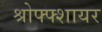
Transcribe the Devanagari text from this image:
श्रोफ्फ्शायर